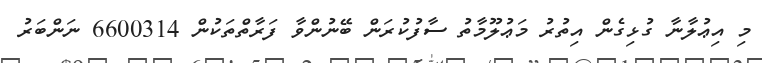
މި އިޢުލާނާ ގުޅިގެން އިތުރު މަޢުލޫމާތު ސާފުކުރަން ބޭނުންވާ ފަރާތްތަކުން 6600314 ނަންބަރު